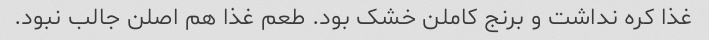
غذا کره نداشت و برنج کاملن خشک بود. طعم غذا هم اصلن جالب نبود.